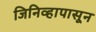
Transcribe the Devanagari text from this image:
जिनिव्हापासून